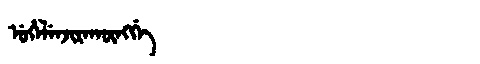
Manchu: ᡠᡥᡝᠯᡝᠨᠵᡳᡵᠠᡴᡡᠩᡤᡝ
Romanization: UHELENJIRAKŪNGGE